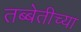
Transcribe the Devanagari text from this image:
तब्बेतीच्या